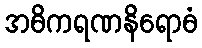
အဓိကရဏနိရောဓံ